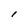
Character: I